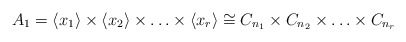
\begin{align*}A_1=\langle x_1\rangle \times \langle x_2\rangle \times \ldots \times \langle x_r\rangle\cong C_{n_1}\times C_{n_2}\times \ldots \times C_{n_r}\end{align*}